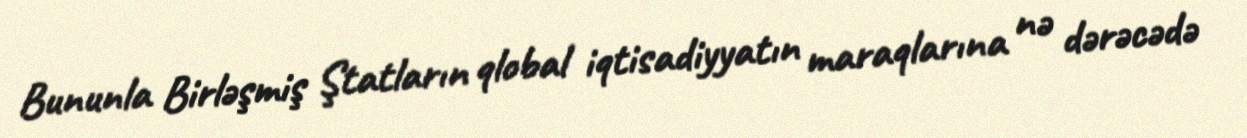
Bununla Birləşmiş Ştatların qlobal iqtisadiyyatın maraqlarına nə dərəcədə